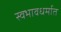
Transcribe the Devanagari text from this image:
स्वभावधर्मात